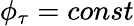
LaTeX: \phi_{\tau}=const